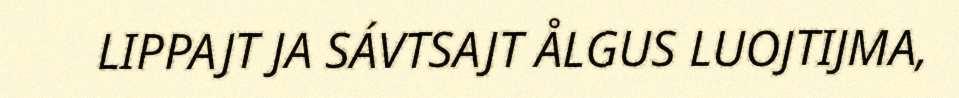
LIPPAJT JA SÁVTSAJT ÅLGUS LUOJTIJMA,